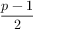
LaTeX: \frac { p - 1 } { 2 }